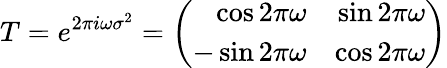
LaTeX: T=e^{2\pi i\omega\sigma^{2}}=\left(\begin{array}{rr}{{\cos 2\pi\omega}}&{{\sin 2\pi\omega}}\\ {{-\sin 2\pi\omega}}&{{\cos 2\pi\omega}}\end{array}\right)